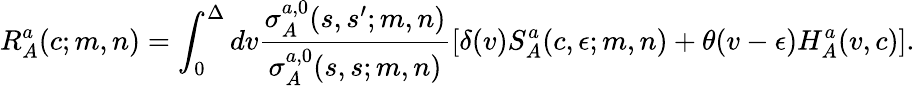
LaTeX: R_{A}^{a}(c;m,n)=\int_{0}^{\Delta}dv\frac{\sigma_{A}^{a,0}(s,s^{\prime};m,n)}{\sigma_{A}^{a,0}(s,s;m,n)}[\delta(v)S_{A}^{a}(c,\epsilon;m,n)+\theta(v-\epsilon)H_{A}^{a}(v,c)].